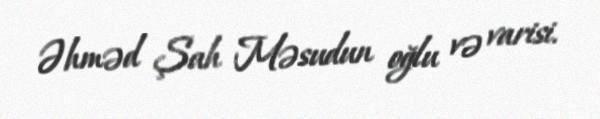
Əhməd Şah Məsudun oğlu və varisi.